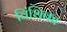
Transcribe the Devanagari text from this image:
विंशिका